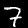
Digit: 7